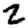
Digit: 2